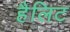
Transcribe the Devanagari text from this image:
हैलिट